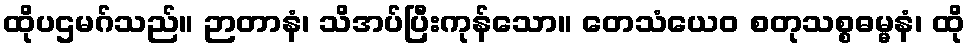
ထိုပဌမဂ်သည်။ ဉာတာနံ၊ သိအပ်ပြီးကုန်သော။ တေသံယေဝ စတုသစ္စဓမ္မနံ၊ ထို